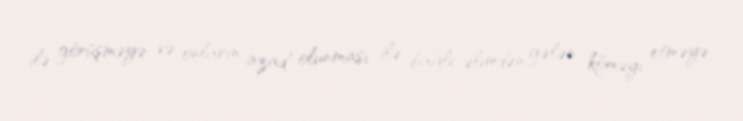
ilə görüşməyə və onların azad olunması ilə bağlı əlimdən gələn köməyi etməyə